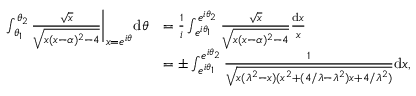
\begin{array} { r l } { \int _ { \theta _ { 1 } } ^ { \theta _ { 2 } } \frac { \sqrt { x } } { \sqrt { x ( x - \alpha ) ^ { 2 } - 4 } } \bigg \rvert _ { x = e ^ { i \theta } } \mathrm d \theta } & { = \frac { 1 } { i } \int _ { e ^ { i \theta _ { 1 } } } ^ { e ^ { i \theta _ { 2 } } } \frac { \sqrt { x } } { \sqrt { x ( x - \alpha ) ^ { 2 } - 4 } } \frac { \mathrm d x } { x } } \\ & { = \pm \int _ { e ^ { i \theta _ { 1 } } } ^ { e ^ { i \theta _ { 2 } } } \frac { 1 } { \sqrt { x ( \lambda ^ { 2 } - x ) ( x ^ { 2 } + ( 4 / \lambda - \lambda ^ { 2 } ) x + 4 / \lambda ^ { 2 } ) } } \mathrm d x , } \end{array}